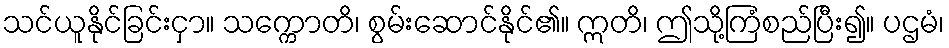
သင်ယူနိုင်ခြင်းငှာ။ သက္ကောတိ၊ စွမ်းဆောင်နိုင်၏။ ဣတိ၊ ဤသို့ကြံစည်ပြီး၍။ ပဌမံ၊